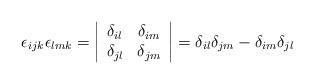
LaTeX: \begin{align*}\epsilon_{ijk}\epsilon_{lmk}=\begin{vmatrix}\begin{array}{cc}\delta_{il} & \delta_{im}\\\delta_{jl} & \delta_{jm}\end{array}\end{vmatrix}=\delta_{il}\delta_{jm}-\delta_{im}\delta_{jl}\end{align*}